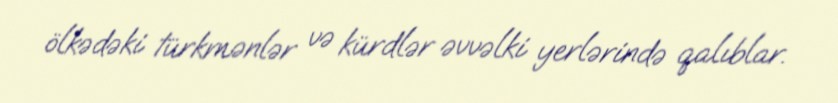
ölkədəki türkmənlər və kürdlər əvvəlki yerlərində qalıblar.